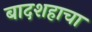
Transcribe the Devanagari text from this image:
बादशहाचा